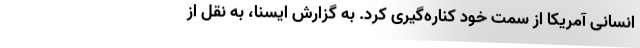
انسانی آمریکا از سمت خود کناره‌گیری کرد. به گزارش ایسنا، به نقل از